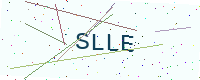
Text: SLLE